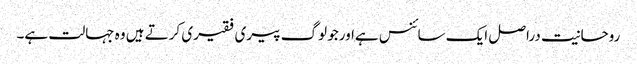
روحانیت دراصل ایک سائنس ہےاورجو لوگ پیری فقیری کرتے ہیں وہ جہالت ہے۔